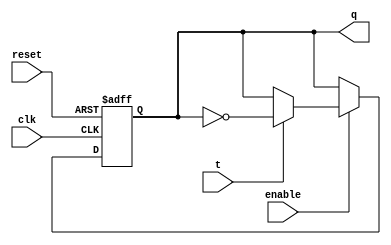
`timescale 1ns / 1ps
//////////////////////////////////////////////////////////////////////////////////
// Company: 
// Engineer: 
// 
// Design Name: 
// Module Name: TFF
// Project Name: 
// Target Devices: 
// Tool Versions: 
// Description: 
// 
// Dependencies: 
// 
// Revision:
// Revision 0.01 - File Created
// Additional Comments:
// 
//////////////////////////////////////////////////////////////////////////////////


module TFF(
q, t, clk,reset,enable
    );
input t, clk, reset,enable;
    output reg q;
    
    always@(posedge clk, posedge reset)
    begin
        
        if (reset)
            q <= 1'b0;
        else if (enable == 1'b0)
            q <= q;
        else if (t == 1'b1)
                  q <= ~q;
         else if (t == 1'b0)
                  q <= q;
        else
                q <= q;        
    end
endmodule